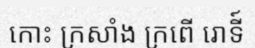
កោះ ក្រសាំង ក្រពើ រោទី៍